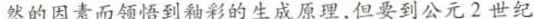
然的因素而领悟到釉彩的生成原理，但要到公元2世纪